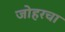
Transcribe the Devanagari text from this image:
जोहरचा